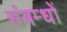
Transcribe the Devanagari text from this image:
संबम्धों